Indian journal of veterinary science and animal husbandry - Volumes 24-25, 1954-1955
Year: 1954
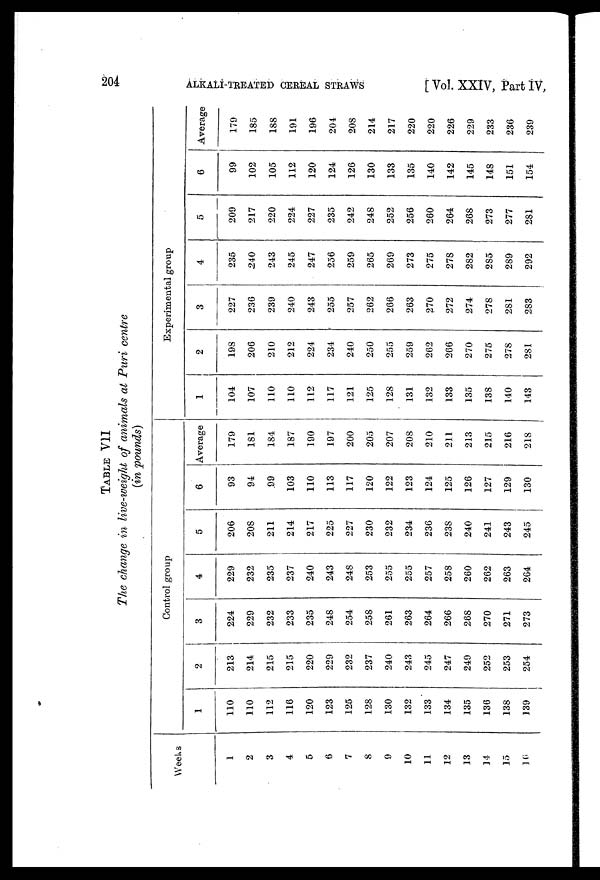
204
ALKALI TREATED CEREAL STRAWS
[ Vol. XXIV, Part IV,
TABLE VII
The change in live weight of animals at Puri centre
(in pounds)
Weeks
1
2
3
4
5
6
7
8
9
10
11
12
13
14
15
16
Control group
1
110
110
112
116
120
123
125
128
130
132
133
134
135
136
138
139
2
213
214
215
215
220
229
232
237
240
243
245
247
249
252
253
254
3
224
229
232
233
235
248
254
258
261
263
264
266
268
270
271
273
4
229
232
235
237
240
243
248
253
255
255
257
258
260
262
263
264
5
206
208
211
214
217
225
227
230
232
234
236
238
240
241
243
245
6
93
94
99
103
110
113
117
120
122
123
124
125
126
127
129
130
Average
179
181
184
187
190
197
200
205
207
208
210
211
213
215
216
218
Experimental group
1
104
107
110
110
112
117
121
125
128
131
132
133
135
138
140
143
2
198
206
210
212
224
234
240
250
255
259
262
266
270
275
278
281
3
227
236
239
240
243
255
257
262
266
263
270
272
274
278
281
283
4
235
240
243
245
247
256
259
265
269
273
275
278
282
285
289
292
5
209
217
220
224
227
235
242
248
252
256
260
264
268
273
277
281
6
99
102
105
112
120
124
126
130
133
135
140
142
145
148
151
154
Average
179
185
188
191
196
204
208
214
217
220
220
226
229
233
236
239